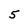
Character: 5